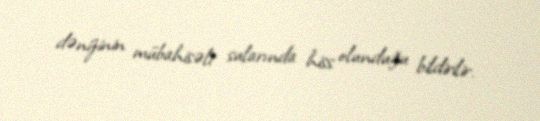
dənizinin mübahisəli sularında hiss olunduğu bildirilir.